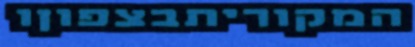
המקוריתבצפוןו